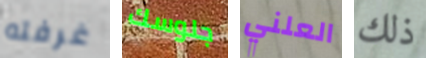
غرفته جلوسك العلني ذلك